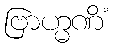
ဗြာဟ္မဏိံ